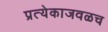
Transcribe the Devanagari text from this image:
प्रत्येकाजवळच